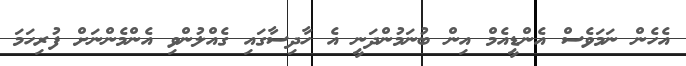
އެހެން ނަމަވެސް އެންޑީއެމް އިން ބުނަމުންދަނީ އެ ހާދިސާގައި ގެއްލުންވި އެންމެންނަށް ފުރިހަމަ